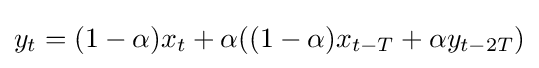
y_{t}=(1-\alpha )x_{t}+\alpha ((1-\alpha )x_{t-T}+\alpha y_{t-2T})